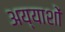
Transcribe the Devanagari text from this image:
अय्याशों